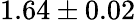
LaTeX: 1.64\pm 0.02